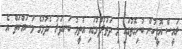
ރައީސް އޮފީހުން ބުނިގޮތުގައި މި ދަތުރުފުޅުގައި އުތީމު ބަނދަރު ހެދުމުގެ މަސައްކަތް އެ